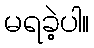
မရခဲ့ပါ။